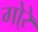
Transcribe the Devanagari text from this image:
गो्रे